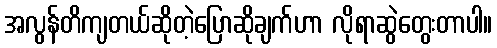
အလွန်တိကျတယ်ဆိုတဲ့ပြောဆိုချက်ဟာ လိုရာဆွဲတွေးတာပါ။